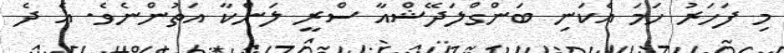
މި ފަހަރު ހަމަ އެކަނި ބަންގްލަދޭޝްއާ ސްރީ ލަންކާ އަތުންނެވެ. އެ ދެ